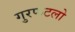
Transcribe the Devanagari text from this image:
गुरफटलो